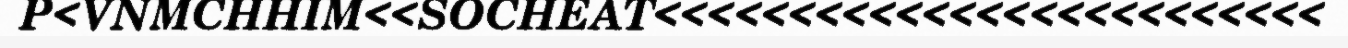
P<VNMCHHIM<<SOCHEAT<<<<<<<<<<<<<<<<<<<<<<<<<